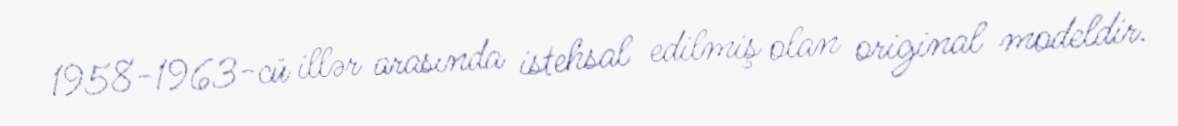
1958-1963-cü illər arasında istehsal edilmiş olan original modeldir.